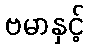
ဗမာနှင့်